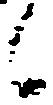
候